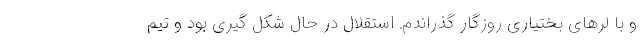
و با لرهای بختیاری روزگار گذراندم. استقلال در حال شکل گیری بود و تیم